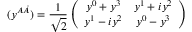
( y ^ { A \dot { A } } ) = { \frac { 1 } { \sqrt { 2 } } } \left( \begin{array} { c c } { { y ^ { 0 } + y ^ { 3 } } } & { { y ^ { 1 } + i y ^ { 2 } } } \\ { { y ^ { 1 } - i y ^ { 2 } } } & { { y ^ { 0 } - y ^ { 3 } } } \end{array} \right)